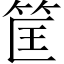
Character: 筐